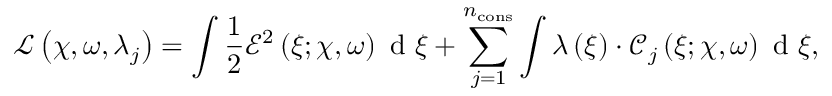
\mathcal { L } \left( \boldsymbol \chi , \omega , \lambda _ { j } \right) = \int \frac { 1 } { 2 } \mathcal { E } ^ { 2 } \left( \xi ; \boldsymbol \chi , \omega \right) \mathrm { ~ d ~ } \xi + \sum _ { j = 1 } ^ { n _ { \mathrm { { c o n s } } } } \int \lambda \left( \xi \right) \cdot \mathcal { C } _ { j } \left( \xi ; \boldsymbol \chi , \omega \right) \mathrm { ~ d ~ } \xi ,